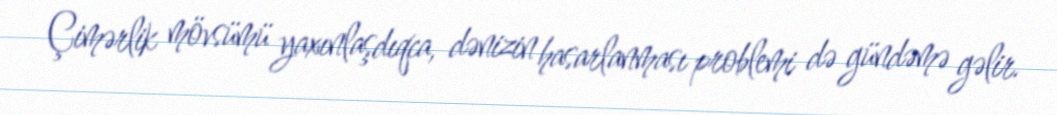
Çimərlik mövsümü yaxınlaşdıqca, dənizin hasarlanması problemi də gündəmə gəlir.